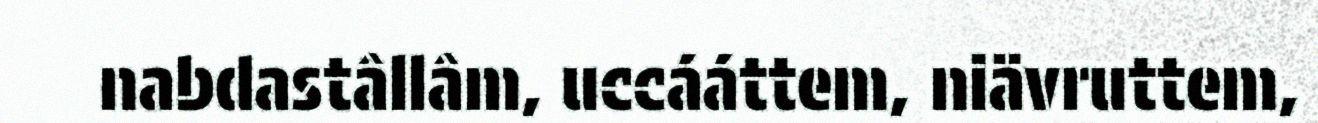
nabdastâllâm, uccááttem, niävruttem,